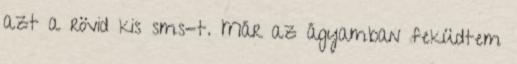
azt a rövid kis sms-t. Már az ágyamban feküdtem